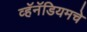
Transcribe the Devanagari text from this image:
व्हॅनॅडियमचे